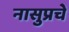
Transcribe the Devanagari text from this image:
नासुप्रचे